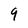
Character: 9